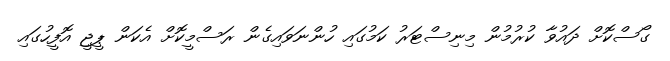
ގޯސްކޮށް ދައުވާ ކުރުމުން މިނިސްޓަރު ކަމުގައި ހުންނަވައިގެން ރަސްމީކޮށް އެކަން ޕީޖީ އޮފީހުގައި